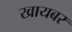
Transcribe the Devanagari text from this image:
खायबर